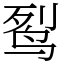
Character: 䴕